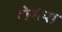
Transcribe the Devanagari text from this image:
होसेया